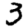
Digit: 3